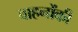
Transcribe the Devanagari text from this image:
वाहनोंकी